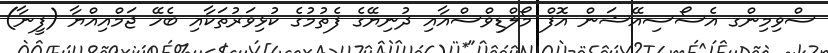
ސްވިމިންގ އެސޯސިއޭޝަން އޮފް މޯލްޑިވްސްއާއި ދުނިޔޭގެ ފެތުމުގެ ކުޅިވަރުތަކާއި ބެހޭ ޖަމްއިއްޔާ (ފީނާ)